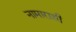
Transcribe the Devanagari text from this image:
नामाराशी